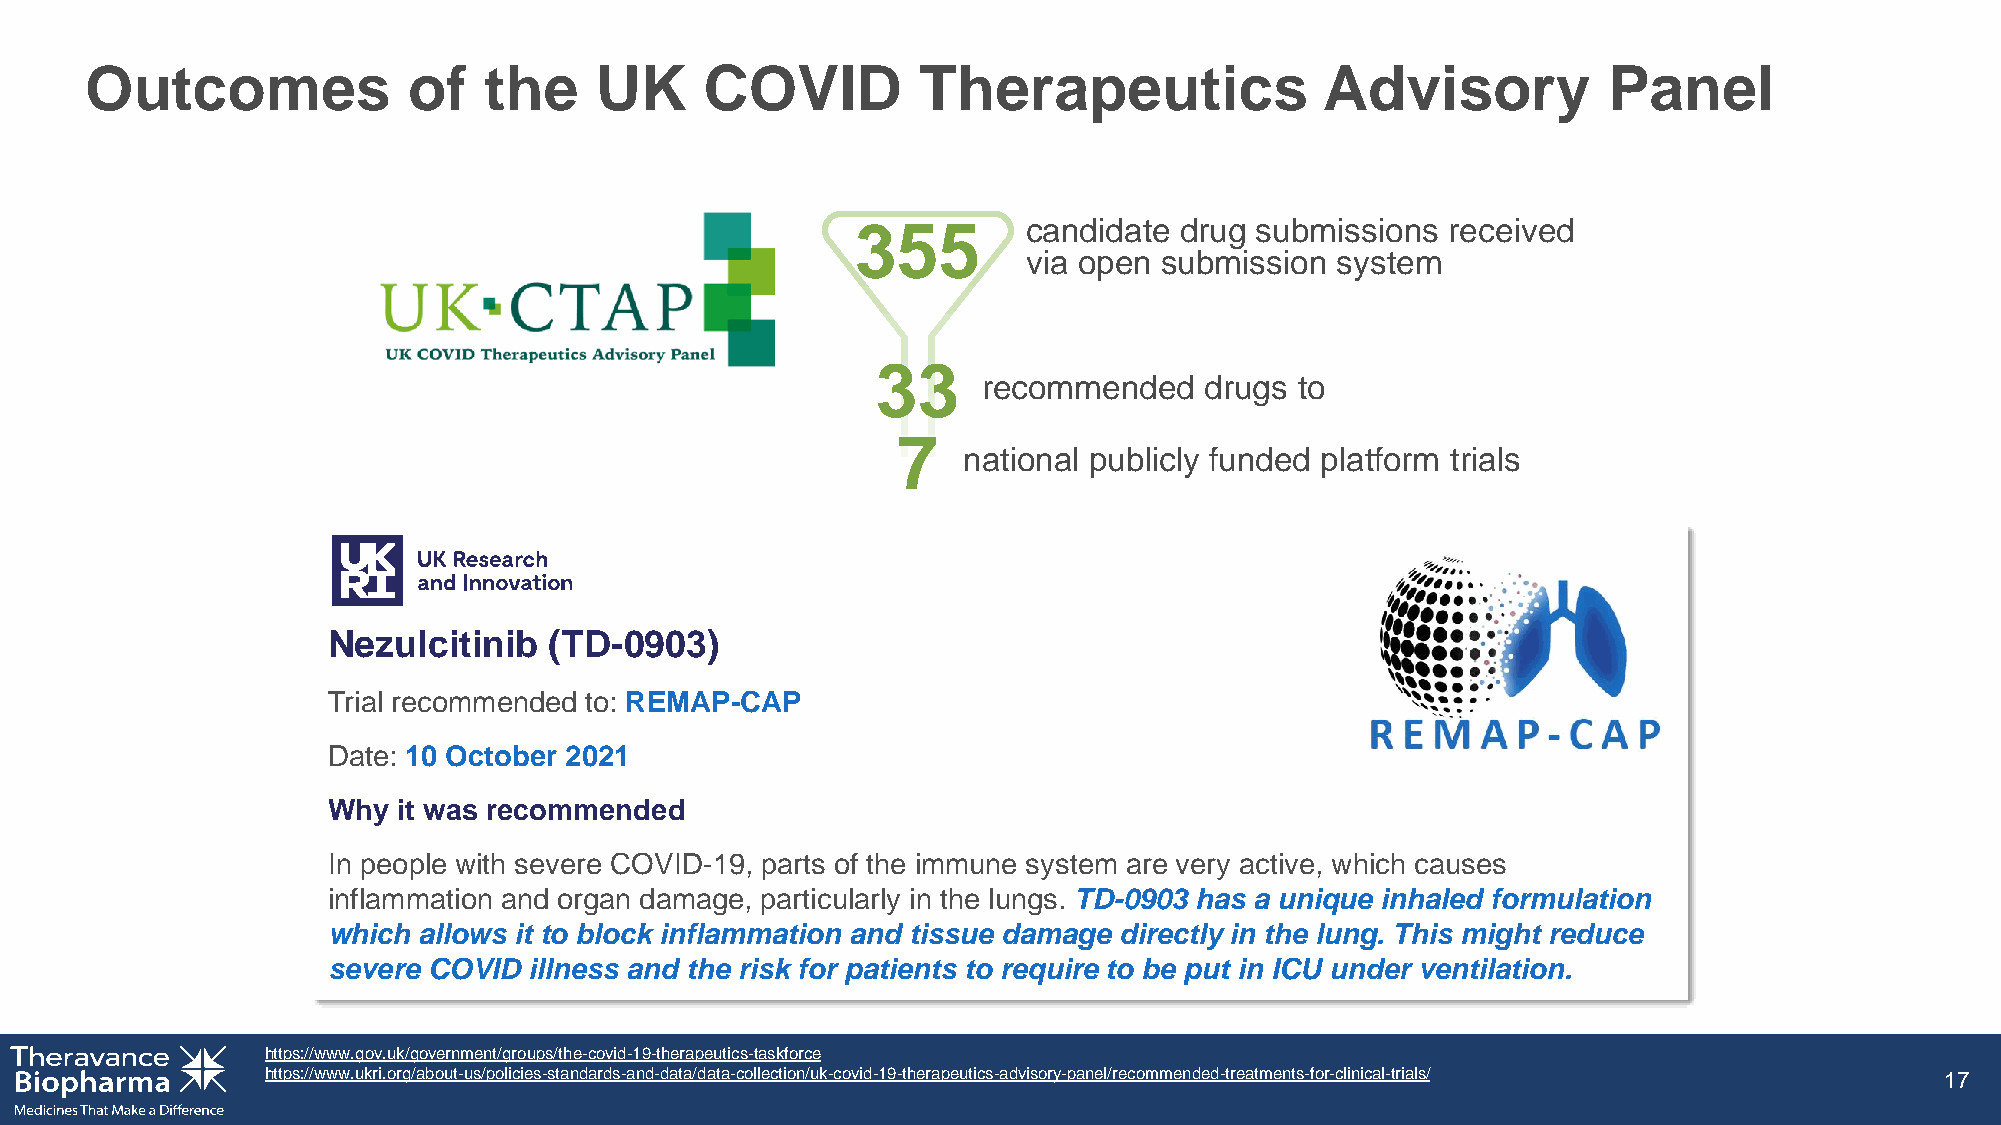
Outcomes             of   the    UK      COVID         Therapeutics               Advisory          Panel
 355        candidate drug submissions  received
 via open submission  system
 33
 recommended    drugs to
 7
 national publicly funded platform trials
 Nezulcitinib  (TD-0903)
 Trial recommended to: REMAP-CAP
 Date: 10 October 2021
 Why it was recommended
 In people with severe COVID-19, parts of the immune system are very active, which causes
 inflammation and organ damage, particularly in the lungs. TD-0903 has a unique inhaled formulation
 which allows it to block inflammation and tissue damage directly in the lung. This might reduce
 severe COVID illness and the risk for patients to require to be put in ICU under ventilation.
 https://www.gov.uk/government/groups/the-covid-19-therapeutics-taskforce
 https://www.ukri.org/about-us/policies-standards-and-data/data-collection/uk-covid-19-therapeutics-advisory-panel/recommended-treatments-for-clinical-trials/ 17